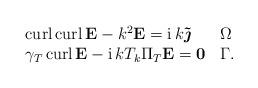
LaTeX: \begin{align*}\begin{array}[c]{ll}\operatorname*{curl}\operatorname{curl}\mathbf{E}-k^{2}\mathbf{E}=\operatorname*{i}k\mathbf{\tilde{\boldsymbol{\jmath}}} & \Omega\\\gamma_{T}\operatorname{curl}\mathbf{E}-\operatorname*{i}kT_{k}\Pi_{T}\mathbf{E}=\mathbf{0} & \Gamma.\end{array}\end{align*}